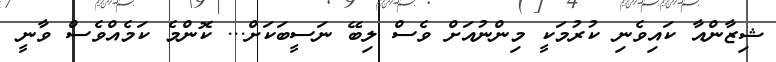
ޝިޒާންއާ ކައިވެނި ކުރުމަކީ މިންނުއަށް ވެސް ލިބޭ ނަސީބަކަށް... ކޮންމެ ކަމެއްވެސް ވާނީ